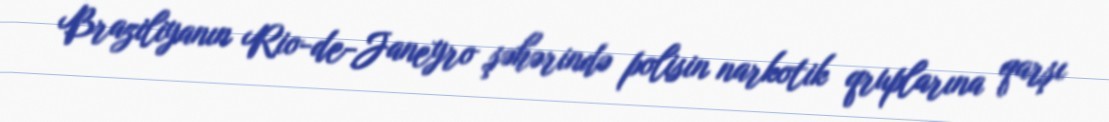
Braziliyanın Rio-de-Janeyro şəhərində polisin narkotik qruplarına qarşı